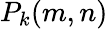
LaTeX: P_{k}(m,n)